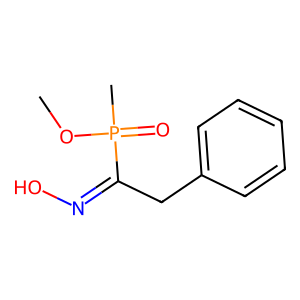
SMILES: COP(C)(=O)C(Cc1ccccc1)=NO
Inhibits HIV replication: No